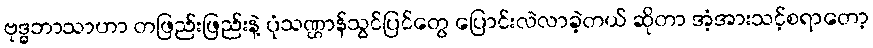
ဗုဒ္ဓဘာသာဟာ တဖြည်းဖြည်းနဲ့ ပုံသဏ္ဌာန်သွင်ပြင်တွေ ပြောင်းလဲလာခဲ့တယ် ဆိုတာ အံ့အားသင့်စရာတော့